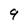
Character: 9